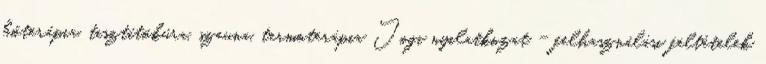
hőterápia, tisztítókúra, szauna, termoterápia Jogi nyilatkozat - felhasználási feltételek